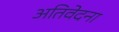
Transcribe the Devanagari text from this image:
अतिवेदना